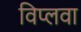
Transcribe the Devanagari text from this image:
विप्लवा